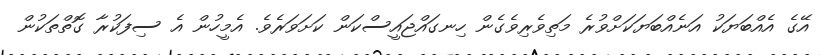
އޭގެ އެއްބަޔަކު އަނެއްބަޔަކަށްވުރެ މަތިވެރިވެގެން ހިނގައްޖައީސްކަން ކަށަވަރެވެ. އެމީހުން އެ ސިފަކުރާ ގޮތްތަކުން